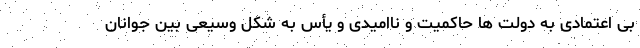
بی اعتمادی به دولت ها حاکمیت و ناامیدی و یأس به شکل وسیعی بین جوانان